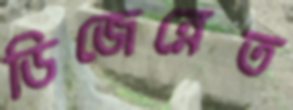
ডিজেন্নেত